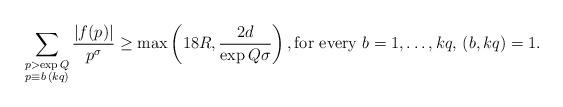
LaTeX: \begin{align*}\sum_{\substack{p> \exp{Q}\\p\equiv b\,(kq)}}\frac{|f(p)|}{p^{\sigma}}\geq \max\left(18R,\frac{2d}{\exp{Q\sigma}}\right),\hbox{for every }b=1,\ldots,kq,\,(b,kq)=1.\end{align*}